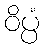
ဝိပ္ပံ